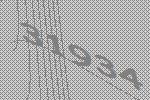
31934